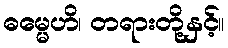
ဓမ္မေဟိ၊ တရားတို့နှင့်။